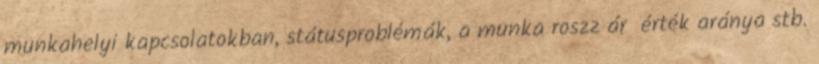
munkahelyi kapcsolatokban, státusproblémák, a munka roszz ár érték aránya stb.